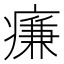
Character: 㾾